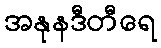
အနုနဒီတီရေ